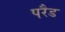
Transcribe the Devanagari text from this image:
परैड